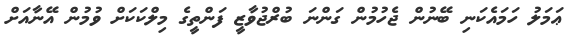
ޢަމަލު ހަމައެކަނި ބޭނުން ޖެހުމުން ގަންނަ ބުރްޖުވާޒީ ފަންތީގެ މިލްކަކަށް ވުމުން އޭނާއަށް